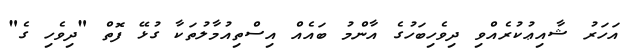
އަހަރު ޝާއިޢުކުރެއްވި ދިވެހިބަހުގެ އާންމު ބައެއް އިސްތިއުމާލުތަކާ ގުޅޭ ފޮތް "ދިވެހި ގެ"